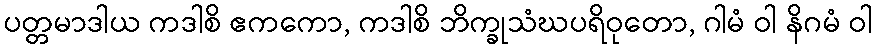
ပတ္တမာဒါယ ကဒါစိ ဧကကော, ကဒါစိ ဘိက္ခုသံဃပရိဝုတော, ဂါမံ ဝါ နိဂမံ ဝါ